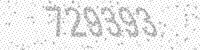
Solution: 729393